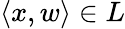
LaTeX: \langle x,w\rangle\in L